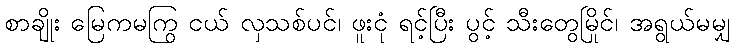
စာချိုး မြေကမကြွ ငယ် လှသစ်ပင်၊ ဖူးငုံ ရင့်ပြီး ပွင့် သီးတွေမြိုင်၊ အရွယ်မမျှ